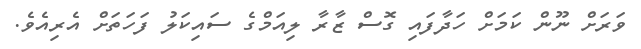
ވަރަށް ނޫން ކަމަށް ހަދާފައި ގޮސް ޒާރާ ލިއަމްގެ ސައިކަލު ފަހަތަށް އެރިއެވެ.